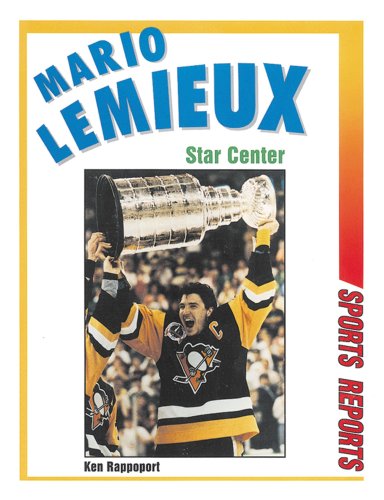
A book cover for Mario LeMieux: Star Center (Sports Reports); Ken Rappoport; Teen & Young Adult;